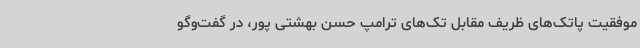
موفقیت پاتک‌های ظریف مقابل تک‌های ترامپ حسن بهشتی پور، در گفت‌وگو